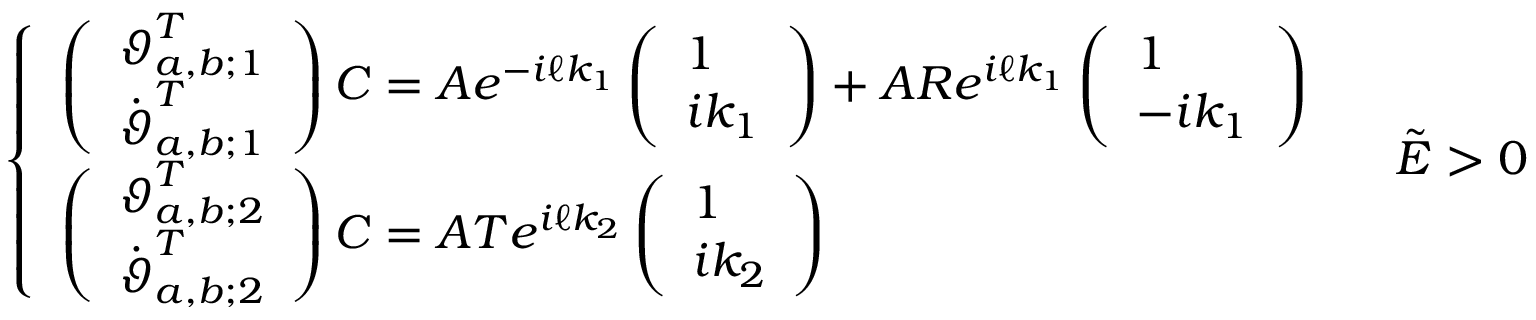
\left\{ \begin{array} { l l } { \left( \begin{array} { l } { \boldsymbol { \vartheta } _ { a , b ; 1 } ^ { T } } \\ { \dot { \boldsymbol { \vartheta } } _ { a , b ; 1 } ^ { T } } \end{array} \right) \boldsymbol { C } = A e ^ { - i \ell k _ { 1 } } \left( \begin{array} { l } { 1 } \\ { i k _ { 1 } } \end{array} \right) + A R e ^ { i \ell k _ { 1 } } \left( \begin{array} { l } { 1 } \\ { - i k _ { 1 } } \end{array} \right) } \\ { \left( \begin{array} { l } { \boldsymbol { \vartheta } _ { a , b ; 2 } ^ { T } } \\ { \dot { \boldsymbol { \vartheta } } _ { a , b ; 2 } ^ { T } } \end{array} \right) \boldsymbol { C } = A T e ^ { i \ell k _ { 2 } } \left( \begin{array} { l } { 1 } \\ { i k _ { 2 } } \end{array} \right) } \end{array} \right. \quad \tilde { E } > 0